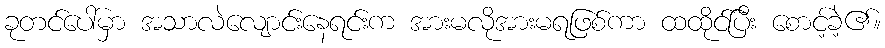
ခုတင်ပေါ်မှာ အသာလဲလျောင်းနေရင်းက အားမလိုအားမရဖြစ်ကာ ထထိုင်ပြီး စောင့်ခဲ့၏။